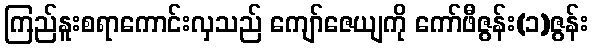
ကြည်နူးစရာကောင်းလှသည် ကျော်ဇေယျကို ကော်ဖီဇွန်း(၁)ဇွန်း